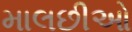
માલછીઓ